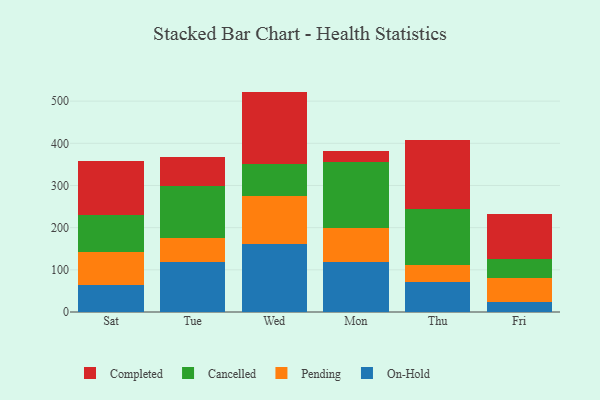
{"axis": {"x": "Day", "y": "Gross Profit (USD K)"}, "legend": ["Cancelled", "Completed", "On-Hold", "Pending"], "data": [{"x": "Sat", "y": 64.9, "type": "On-Hold"}, {"x": "Sat", "y": 76.4, "type": "Pending"}, {"x": "Sat", "y": 88.5, "type": "Cancelled"}, {"x": "Sat", "y": 127.1, "type": "Completed"}, {"x": "Tue", "y": 119.3, "type": "On-Hold"}, {"x": "Tue", "y": 55.1, "type": "Pending"}, {"x": "Tue", "y": 123.9, "type": "Cancelled"}, {"x": "Tue", "y": 70.3, "type": "Completed"}, {"x": "Wed", "y": 160.6, "type": "On-Hold"}, {"x": "Wed", "y": 114.8, "type": "Pending"}, {"x": "Wed", "y": 76.2, "type": "Cancelled"}, {"x": "Wed", "y": 171.0, "type": "Completed"}, {"x": "Mon", "y": 118.1, "type": "On-Hold"}, {"x": "Mon", "y": 81.7, "type": "Pending"}, {"x": "Mon", "y": 155.5, "type": "Cancelled"}, {"x": "Mon", "y": 26.4, "type": "Completed"}, {"x": "Thu", "y": 71.0, "type": "On-Hold"}, {"x": "Thu", "y": 40.5, "type": "Pending"}, {"x": "Thu", "y": 132.6, "type": "Cancelled"}, {"x": "Thu", "y": 164.7, "type": "Completed"}, {"x": "Fri", "y": 23.6, "type": "On-Hold"}, {"x": "Fri", "y": 58.0, "type": "Pending"}, {"x": "Fri", "y": 43.0, "type": "Cancelled"}, {"x": "Fri", "y": 107.9, "type": "Completed"}]}